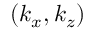
( k _ { x } , k _ { z } )